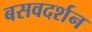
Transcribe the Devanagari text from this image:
बसवदर्शन